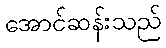
အောင်ဆန်းသည်